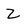
Character: z